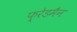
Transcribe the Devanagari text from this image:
फ़्रेडमैन